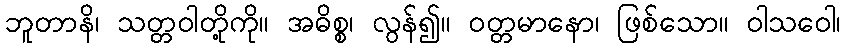
ဘူတာနိ၊ သတ္တဝါတို့ကို။ အဓိစ္စ၊ လွန်၍။ ဝတ္တမာနော၊ ဖြစ်သော။ ဝါသဝေါ၊